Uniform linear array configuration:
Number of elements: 32
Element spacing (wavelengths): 0.75
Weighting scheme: blackman
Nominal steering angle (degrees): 30
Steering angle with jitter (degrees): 29.4
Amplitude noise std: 0.05
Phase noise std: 0.05

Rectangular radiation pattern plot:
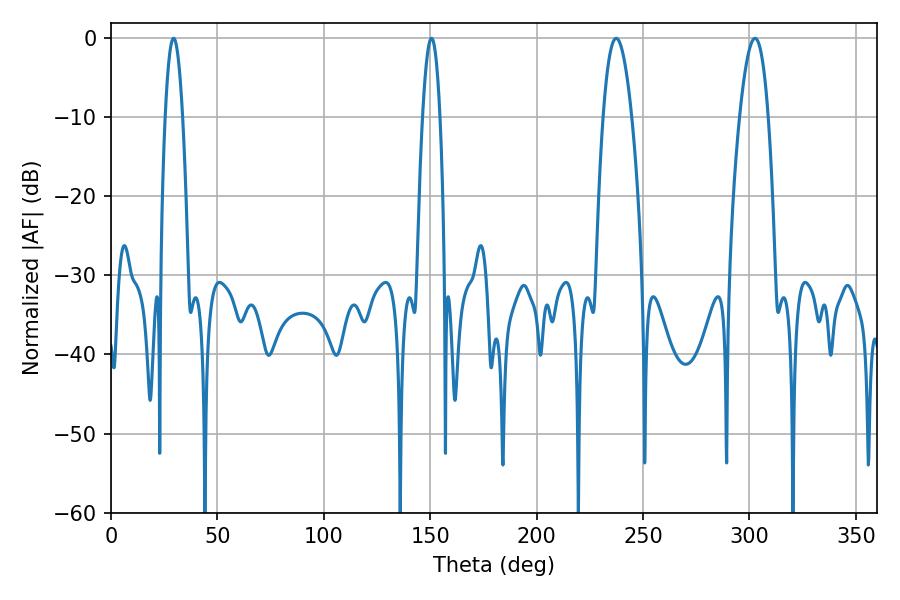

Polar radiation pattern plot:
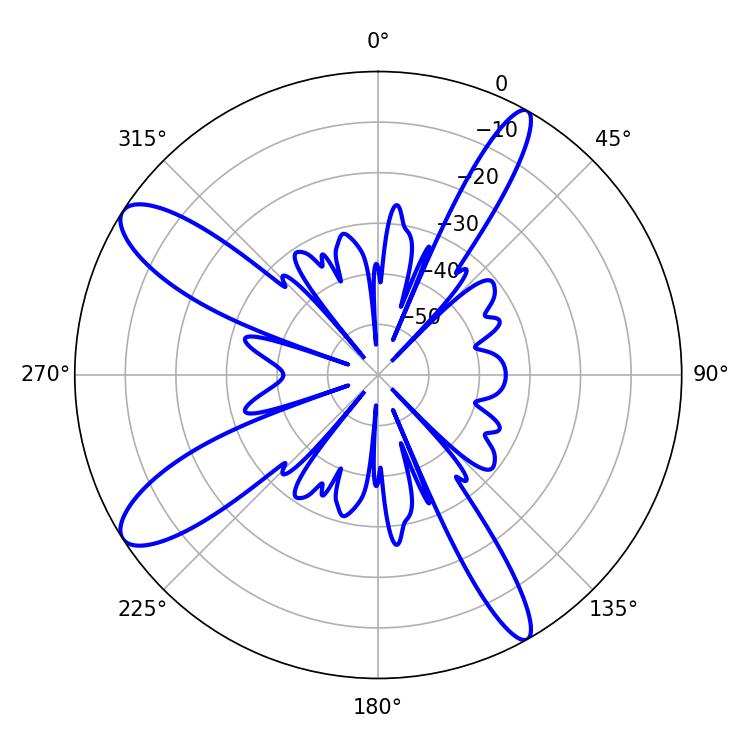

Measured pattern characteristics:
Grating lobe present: TRUE
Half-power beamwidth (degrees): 7.38
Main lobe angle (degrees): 237.42